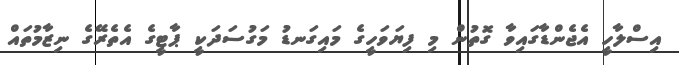
އިސްލާހީ އެޖެންޑާގައިވާ ގޮތުން މި ފިޔަވަހީގެ މައިގަނޑު މަގުސަދަކީ ޕާޓީގެ އެތެރޭގެ ނިޒާމުތައް